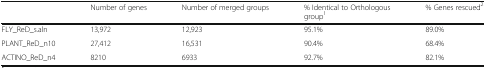
<table><thead><tr><td></td><td><b>Number of genes</b></td><td><b>Number of merged groups</b></td><td><b>% Identical to Orthologous group<sup>1</sup></b></td><td><b>% Genes rescued<sup>2</sup></b></td></tr></thead><tbody><tr><td>FLY_ReD_s.aln</td><td>13,972</td><td>12,923</td><td>95.1%</td><td>89.0%</td></tr><tr><td>PLANT_ReD_n10</td><td>27,412</td><td>16,531</td><td>90.4%</td><td>68.4%</td></tr><tr><td>ACTINO_ReD_n4</td><td>8210</td><td>6933</td><td>92.7%</td><td>82.1%</td></tr></tbody></table>